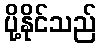
ပို့နိုင်သည်